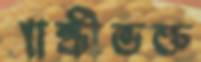
গান্ধীভক্ত